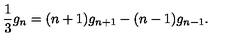
{ \frac { 1 } { 3 } } g _ { n } = ( n + 1 ) g _ { n + 1 } - ( n - 1 ) g _ { n - 1 } .